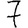
Digit: 7